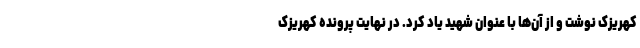
کهریزک نوشت و از ‌آن‌ها با عنوان شهید یاد کرد. در نهایت پرونده کهریزک